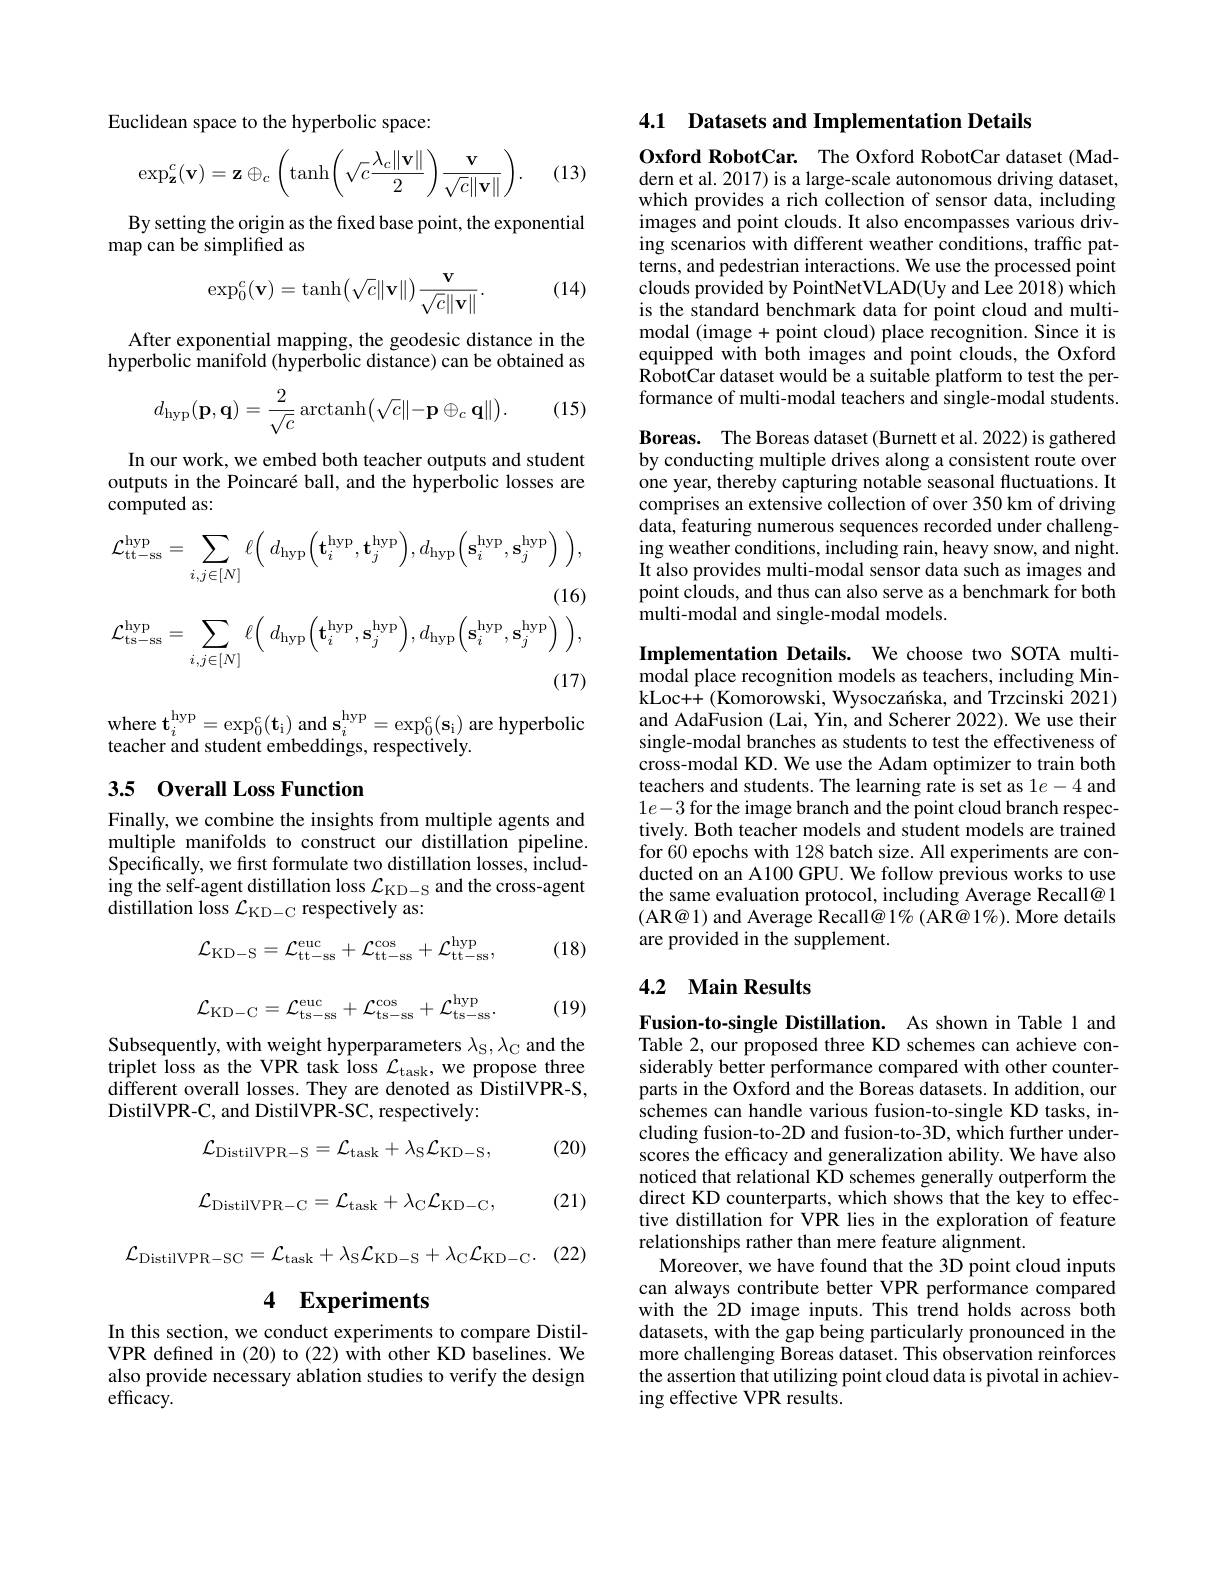
Euclidean space to the hyperbolic space:

(13)
$$\exp_{\mathbf{z}}^c(\mathbf{v})=\mathbf{z}\oplus_c\left(\tanh\left(\sqrt{c}\frac{\lambda_c\|\mathbf{v}\|}{2}\right)\frac{\mathbf{v}}{\sqrt{c}\|\mathbf{v}\|}\right).$$
By setting the origin as the fixed base point, the exponential
map can be simplified as

(14)
$$\exp_0^c(\mathbf{v})=\tanh\bigl(\sqrt{c}\|\mathbf{v}\|\bigr)\frac{\mathbf{v}}{\sqrt{c}\|\mathbf{v}\|}.$$
After exponential mapping, the geodesic distance in the hyperbolic manifold (hyperbolic distance) can be obtained as

(15)
$$d_{\mathrm{hyp}}(\mathbf{p},\mathbf{q})=\dfrac{2}{\sqrt{c}}\operatorname{arctanh}\bigl(\sqrt{c}\Vert-\mathbf{p}\oplus_{c}\mathbf{q}\Vert\bigr).$$
In our work, we embed both teacher outputs and student outputs in the Poincaré ball, and the hyperbolic losses are computed as:
$$\mathcal{L}_{\mathrm{tt-ss}}^{\mathrm{hyp}}=\sum_{i,j\in[N]}\ell\Big(\:d_{\mathrm{hyp}}\Big(\mathbf{t}_{i}^{\mathrm{hyp}},\mathbf{t}_{j}^{\mathrm{hyp}}\Big),d_{\mathrm{hyp}}\Big(\mathbf{s}_{i}^{\mathrm{hyp}},\mathbf{s}_{j}^{\mathrm{hyp}}\Big)\Big),\\\text{(16)}\\\mathcal{L}_{\mathrm{ts-ss}}^{\mathrm{hyp}}=\sum_{i,j\in[N]}\ell\Big(\:d_{\mathrm{hyp}}\Big(\mathbf{t}_{i}^{\mathrm{hyp}},\mathbf{s}_{j}^{\mathrm{hyp}}\Big),d_{\mathrm{hyp}}\Big(\mathbf{s}_{i}^{\mathrm{hyp}},\mathbf{s}_{j}^{\mathrm{hyp}}\Big)\Big),\\\text{(17)}$$
$\mathrm{where~t}_{i}^{\mathrm{hyp}}=\exp_{0}^{\mathrm{c}}(\mathbf{t}_{\mathrm{i}})$ and $\mathbf{s}_i^\mathrm{hyp}=\exp_{0}^{\mathrm{c}}(\mathbf{s}_{\mathrm{i}})$ are hyperbolic
teacher and student embeddings, respectively.

## 3.5 Overall Loss Function

Finally, we combine the insights from multiple agents and multiple manifolds to construct our distillation pipeline. Specifically, we first formulate two distillation losses, including the self-agent distillation loss $\mathcal{L}_\mathrm{KD-S}$ and the cross-agent distillation loss $\mathcal{L}_\mathrm{KD-C}$ respectively as:

(18)
$$\mathcal{L}_{\mathrm{KD-S}}=\mathcal{L}_{\mathrm{tt-ss}}^{\mathrm{euc}}+\mathcal{L}_{\mathrm{tt-ss}}^{\cos}+\mathcal{L}_{\mathrm{tt-ss}}^{\mathrm{hyp}},$$
$$\mathcal{L}_{\mathrm{KD-C}}=\mathcal{L}_{\mathrm{ts-ss}}^{\mathrm{euc}}+\mathcal{L}_{\mathrm{ts-ss}}^{\mathrm{cos}}+\mathcal{L}_{\mathrm{ts-ss}}^{\mathrm{hyp}}.$$
(19)

Subsequently, with weight hyperparameters $\lambda_{\mathrm{S}},\lambda_{\mathrm{C}}$ and the triplet loss as the VPR task loss $\mathcal{L}_\mathrm{task}$, we propose three different overall losses. They are denoted as DistilVPR-S, DistilVPR-C, and DistilVPR-SC, respectively:

(20)
$$\mathcal{L}_{\mathrm{DistilVPR-S}}=\mathcal{L}_{\mathrm{task}}+\lambda_{\mathrm{S}}\mathcal{L}_{\mathrm{KD-S}},$$
$\mathcal{L}_{\mathrm{DistilVPR-C}}=\mathcal{L}_{\mathrm{task}}+\lambda_{\mathrm{C}}\mathcal{L}_{\mathrm{KD-C}}$,

(21)

(22)
$$\mathcal{L}_{\mathrm{DistilVPR-SC}}=\mathcal{L}_{\mathrm{task}}+\lambda_{\mathrm{S}}\mathcal{L}_{\mathrm{KD-S}}+\lambda_{\mathrm{C}}\mathcal{L}_{\mathrm{KD-C}}.$$
4 Experiments

In this section, we conduct experiments to compare DistilVPR defined in (20) to (22) $\hat{\text{with other KD baselines.We}}$ also provide necessary ablation studies to verify the design efficacy.

### 4.1 Datasets and Implementation Details

Oxford RobotCar. The Oxford RobotCar dataset (Maddern et al. 2017) is a large-scale autonomous driving dataset, which provides a rich collection of sensor data, including images and point clouds. It also encompasses various driving scenarios with different weather conditions, traffic patterns, and pedestrian interactions. We use the processed point clouds provided by PointNetVLAD(Uy and Lee 2018) which is the standard benchmark data for point cloud and multimodal (image + point cloud) place recognition. Since it is equipped with both images and point clouds, the Oxford ${\text{RobotCar dataset would be a suitable platform to test the per-}}$ formance of multi-modal teachers and single-modal students. Boreas. The Boreas dataset (Burnett et al. 2022) is gathered by conducting multiple drives along a consistent route over one year, thereby capturing notable seasonal fluctuations. It comprises an extensive collection of over 350 km of driving data, featuring numerous sequences recorded under challeng ing weather conditions, including rain, heavy snow, and night. It also provides multi-modal sensor data such as images and point clouds, and thus can also serve as a benchmark for both multi-modal and single-modal models.

Implementation Details. We choose two SOTA multimodal place recognition models as teachers, including MinkLoc++ (Komorowski, Wysoczanska, and Trzcinski 2021) and AdaFusion (Lai, Yin, and Scherer 2022). We use their single-modal branches as students to test the effectiveness of cross-modal KD. We use the Adam optimizer to train both teachers and students. The learning rate is set as 1$e-4$ and $1e-3$ for the image branch and the point cloud branch respectively. Both teacher models and student models are trained for 60 epochs with 128 batch size. All experiments are conducted on an A100 GPU. We follow previous works to use the same evaluation protocol, including Average Recall@ 1 (AR@ 1) and Average Recall@ 1% (AR@ 1%). More details are provided in the supplement.

## 4.2 Main Results

Fusion-to-single Distillation. As shown in Table 1 and Table 2, our proposed three KD schemes can achieve considerably better performance compared with other counterparts in the Oxford and the Boreas datasets. In addition, our schemes can handle various fusion-to-single KD tasks, including fusion-to-2D and fusion-to-3D, which further underscores the efficacy and generalization ability. We have also noticed that relational KD schemes generally outperform the direct KD counterparts, which shows that the key to effective distillation for VPR lies in the exploration of feature relationships rather than mere feature alignment.
Moreover, we have found that the 3D point cloud inputs can always contribute better VPR performance compared with the 2D image inputs. This trend holds across both datasets, with the gap being particularly pronounced in the more challenging Boreas dataset. This observation reinforces the assertion that utilizing point cloud data is pivotal in achieving effective VPR results